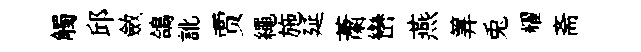
觸邱斂鴿訛贾繩施延䔥巒燕筭兎耀斋